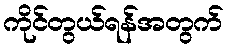
ကိုင်တွယ်ရန်အတွက်